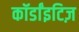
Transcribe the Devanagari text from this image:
कॉर्डांइटिज़